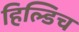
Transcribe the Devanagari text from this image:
हिल्डिच